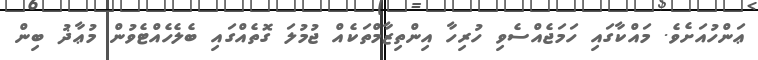
ޢަންހުއަށެވެ. މައްކާގައި ހަމަޖެއްސެވި ހުރިހާ އިންތިޒާމްތަކެއް ޖުމުލަ ގޮތެއްގައި ބެލެހެއްޓެވުން މުޢާޛު ބިން